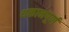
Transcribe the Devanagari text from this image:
थकानपूर्ण